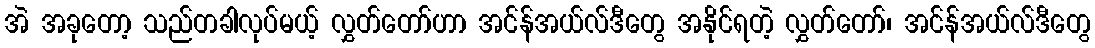
အဲ အခုတော့ သည်တခါလုပ်မယ့် လွှတ်တော်ဟာ အင်န်အယ်လ်ဒီတွေ အနိုင်ရတဲ့ လွှတ်တော်၊ အင်န်အယ်လ်ဒီတွေ